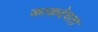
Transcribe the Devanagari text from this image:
काकदेवता